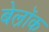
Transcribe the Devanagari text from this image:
बेल्रॉक